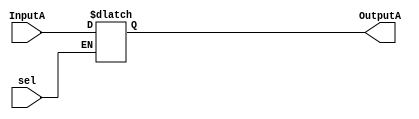
module hiReg(InputA, OutputA, sel);
	input [31:0] InputA;
	input sel;
	output reg [31:0] OutputA;

	always@(sel) begin
		if(sel)begin
			OutputA <= InputA;
		end
	end
endmodule